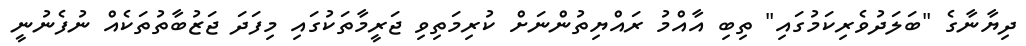
ދިޔާނާގެ "ބަލަދުވެރިކަމުގައި" ތިބި އާއްމު ރައްޔިތުންނަށް ކުރިމަތިވި ޖަރީމާތަކުގައި މިފަދަ ޖަޒުބާތުތަކެއް ނުފެނުނީ